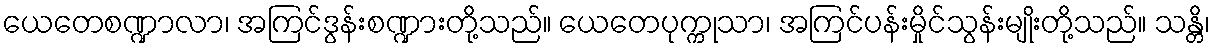
ယေတေစဏ္ဍာလာ၊ အကြင်ဒွန်းစဏ္ဍားတို့သည်။ ယေတေပုက္ကုသာ၊ အကြင်ပန်းမှိုင်သွန်းမျိုးတို့သည်။ သန္တိ၊